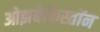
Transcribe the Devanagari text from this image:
ओझबेकिस्तॉन